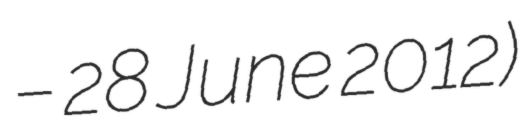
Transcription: – 28 June 2012)